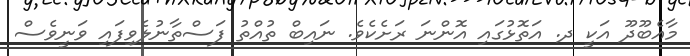
މާއެބޫދޫ އަކީ ދ. އަތޮޅުގައި އޮންނަ ރަށެކެވެ. ނައިބް ތުއްތު ފަސްތާނުލެވިފައި ވަނީވެސް